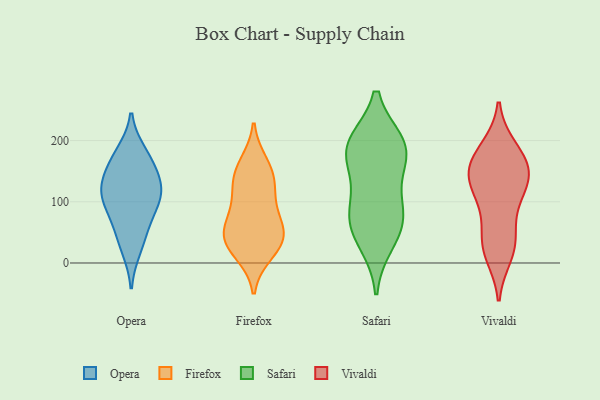
{"axis": {"x": "Bounce Rate (%)", "y": "Value"}, "legend": ["Firefox", "Opera", "Safari", "Vivaldi"], "data": [{"x": "", "y": 110, "type": "Opera"}, {"x": "", "y": 126, "type": "Opera"}, {"x": "", "y": 180, "type": "Opera"}, {"x": "", "y": 23, "type": "Opera"}, {"x": "", "y": 73, "type": "Opera"}, {"x": "", "y": 171, "type": "Opera"}, {"x": "", "y": 153, "type": "Opera"}, {"x": "", "y": 130, "type": "Opera"}, {"x": "", "y": 109, "type": "Opera"}, {"x": "", "y": 97, "type": "Opera"}, {"x": "", "y": 48, "type": "Opera"}, {"x": "", "y": 138, "type": "Firefox"}, {"x": "", "y": 64, "type": "Firefox"}, {"x": "", "y": 90, "type": "Firefox"}, {"x": "", "y": 53, "type": "Firefox"}, {"x": "", "y": 36, "type": "Firefox"}, {"x": "", "y": 161, "type": "Firefox"}, {"x": "", "y": 114, "type": "Firefox"}, {"x": "", "y": 42, "type": "Firefox"}, {"x": "", "y": 33, "type": "Firefox"}, {"x": "", "y": 145, "type": "Firefox"}, {"x": "", "y": 17, "type": "Firefox"}, {"x": "", "y": 193, "type": "Safari"}, {"x": "", "y": 34, "type": "Safari"}, {"x": "", "y": 177, "type": "Safari"}, {"x": "", "y": 56, "type": "Safari"}, {"x": "", "y": 195, "type": "Safari"}, {"x": "", "y": 105, "type": "Safari"}, {"x": "", "y": 162, "type": "Safari"}, {"x": "", "y": 77, "type": "Safari"}, {"x": "", "y": 194, "type": "Safari"}, {"x": "", "y": 77, "type": "Safari"}, {"x": "", "y": 156, "type": "Vivaldi"}, {"x": "", "y": 185, "type": "Vivaldi"}, {"x": "", "y": 97, "type": "Vivaldi"}, {"x": "", "y": 102, "type": "Vivaldi"}, {"x": "", "y": 148, "type": "Vivaldi"}, {"x": "", "y": 39, "type": "Vivaldi"}, {"x": "", "y": 159, "type": "Vivaldi"}, {"x": "", "y": 126, "type": "Vivaldi"}, {"x": "", "y": 139, "type": "Vivaldi"}, {"x": "", "y": 146, "type": "Vivaldi"}, {"x": "", "y": 23, "type": "Vivaldi"}, {"x": "", "y": 187, "type": "Vivaldi"}, {"x": "", "y": 14, "type": "Vivaldi"}, {"x": "", "y": 39, "type": "Vivaldi"}]}